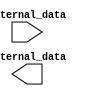
module io_buffer (
    input wire external_data,
    output wire internal_data
);

// Multiplexing, level shifting, impedance matching

// Register for storing and synchronizing incoming data
reg internal_data_register;

// Driver for transmitting outgoing data at high speed
assign internal_data = internal_data_register;

// Input and output voltage level control

// Bidirectional data communication
// Tri-state logic

endmodule